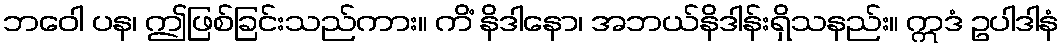
ဘဝေါ ပန၊ ဤဖြစ်ခြင်းသည်ကား။ ကိံ နိဒါနော၊ အဘယ်နိဒါန်းရှိသနည်း။ ဣဒံ ဥပါဒါနံ